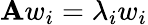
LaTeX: \mathbf{A}w_{i}=\lambda_{i}w_{i}